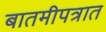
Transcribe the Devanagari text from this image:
बातमीपत्रात